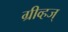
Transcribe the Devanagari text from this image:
ग्रीव्हज्